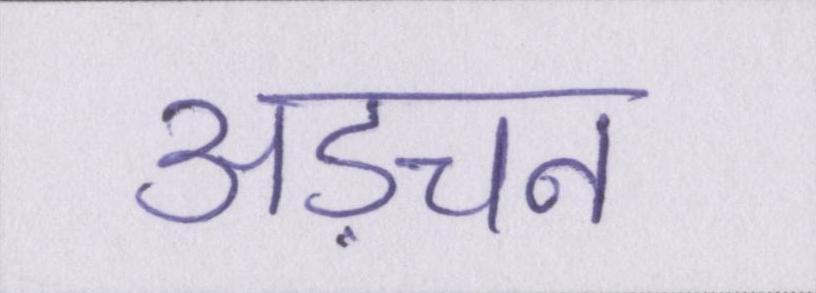
अड़चन